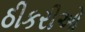
ઠીકરીઓ